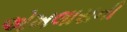
એખલાસની